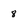
Character: 8